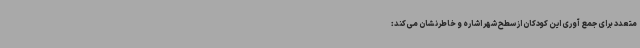
متعدد برای جمع آوری این کودکان از سطح شهر اشاره و خاطرنشان می‌کند: